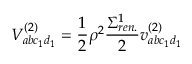
V _ { a b c _ { 1 } d _ { 1 } } ^ { ( 2 ) } = \frac { 1 } { 2 } \rho ^ { 2 } \frac { \Sigma _ { r e n . } ^ { 1 } } { 2 } v _ { a b c _ { 1 } d _ { 1 } } ^ { ( 2 ) }